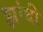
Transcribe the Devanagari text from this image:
झांदी